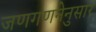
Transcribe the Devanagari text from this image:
जणगणनेनुसार